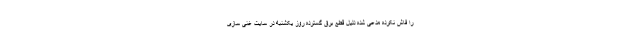
را فاش نکرده مدعی شده دلیل قطع برق گسترده روز یکشنبه در سایت غنی سازی